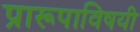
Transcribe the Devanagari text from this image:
प्रारूपाविषयी